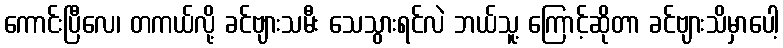
ကောင်းပြီလေ၊ တကယ်လို့ ခင်ဗျားသမီး သေသွားရင်လဲ ဘယ်သူ့ ကြောင့်ဆိုတာ ခင်ဗျားသိမှာပေါ့